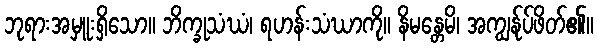
ဘုရားအမှူးရှိသော။ ဘိက္ခုသံဃံ၊ ရဟန်းသံဃာကို။ နိမန္တေမိ၊ အကျွန်ုပ်ဖိတ်၏။